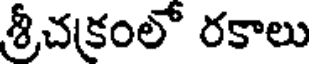
శ్రీచక్రంలో రకాలు